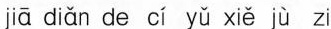
jiā diǎn de cí yǔ xiě jù zi